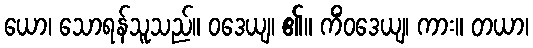
ယော၊ သောရန်သူသည်။ ဝဒေယျ၊ ၏။ ကိံဝဒေယျ၊ ကား။ တယာ၊